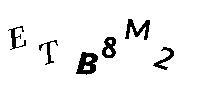
ETB8M2